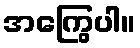
အကြွေပါ။